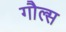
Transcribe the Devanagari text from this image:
गौल्स